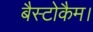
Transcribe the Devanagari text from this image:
बैस्टोकैम।